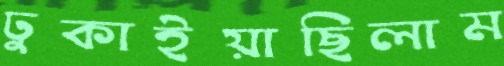
ঢুকাইয়াছিলাম